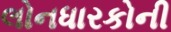
લોનધારકોની